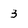
Character: 3